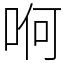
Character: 哬